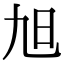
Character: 旭